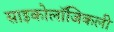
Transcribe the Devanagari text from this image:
साइकोलॉजिकली